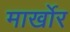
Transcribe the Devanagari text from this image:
मार्खोर